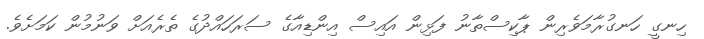
ހިނގީ ހަނގުރާމަވެރިން ޕާކިސްތާނު ފަޅިން އައިސް އިންޑިއާގެ ސަރަހައްދުގެ ތެރެއަށް ވަނުމުން ކަމަށެވެ.